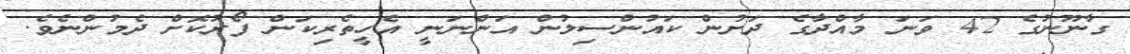
ގާނޫނުގެ 42 ވަނަ މާއްދާގެ ދަށުން ކައުންސިލުން އަންނަނީ އެހީތެރިކަން ފޯރުކޮށް ދެމުންނެވެ.